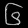
Digit: ၆